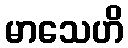
မာသေဟိ